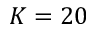
K = 2 0